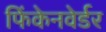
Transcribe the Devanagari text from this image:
फिंकेनवेर्डर